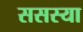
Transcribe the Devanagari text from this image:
ससस्या